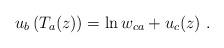
LaTeX: \begin{align*}u_b\left( T_a(z)\right) =\ln w_{ca}+u_c(z)\ .\end{align*}